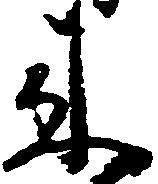
来